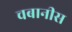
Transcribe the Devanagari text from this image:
चबानीस